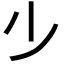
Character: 𣥂